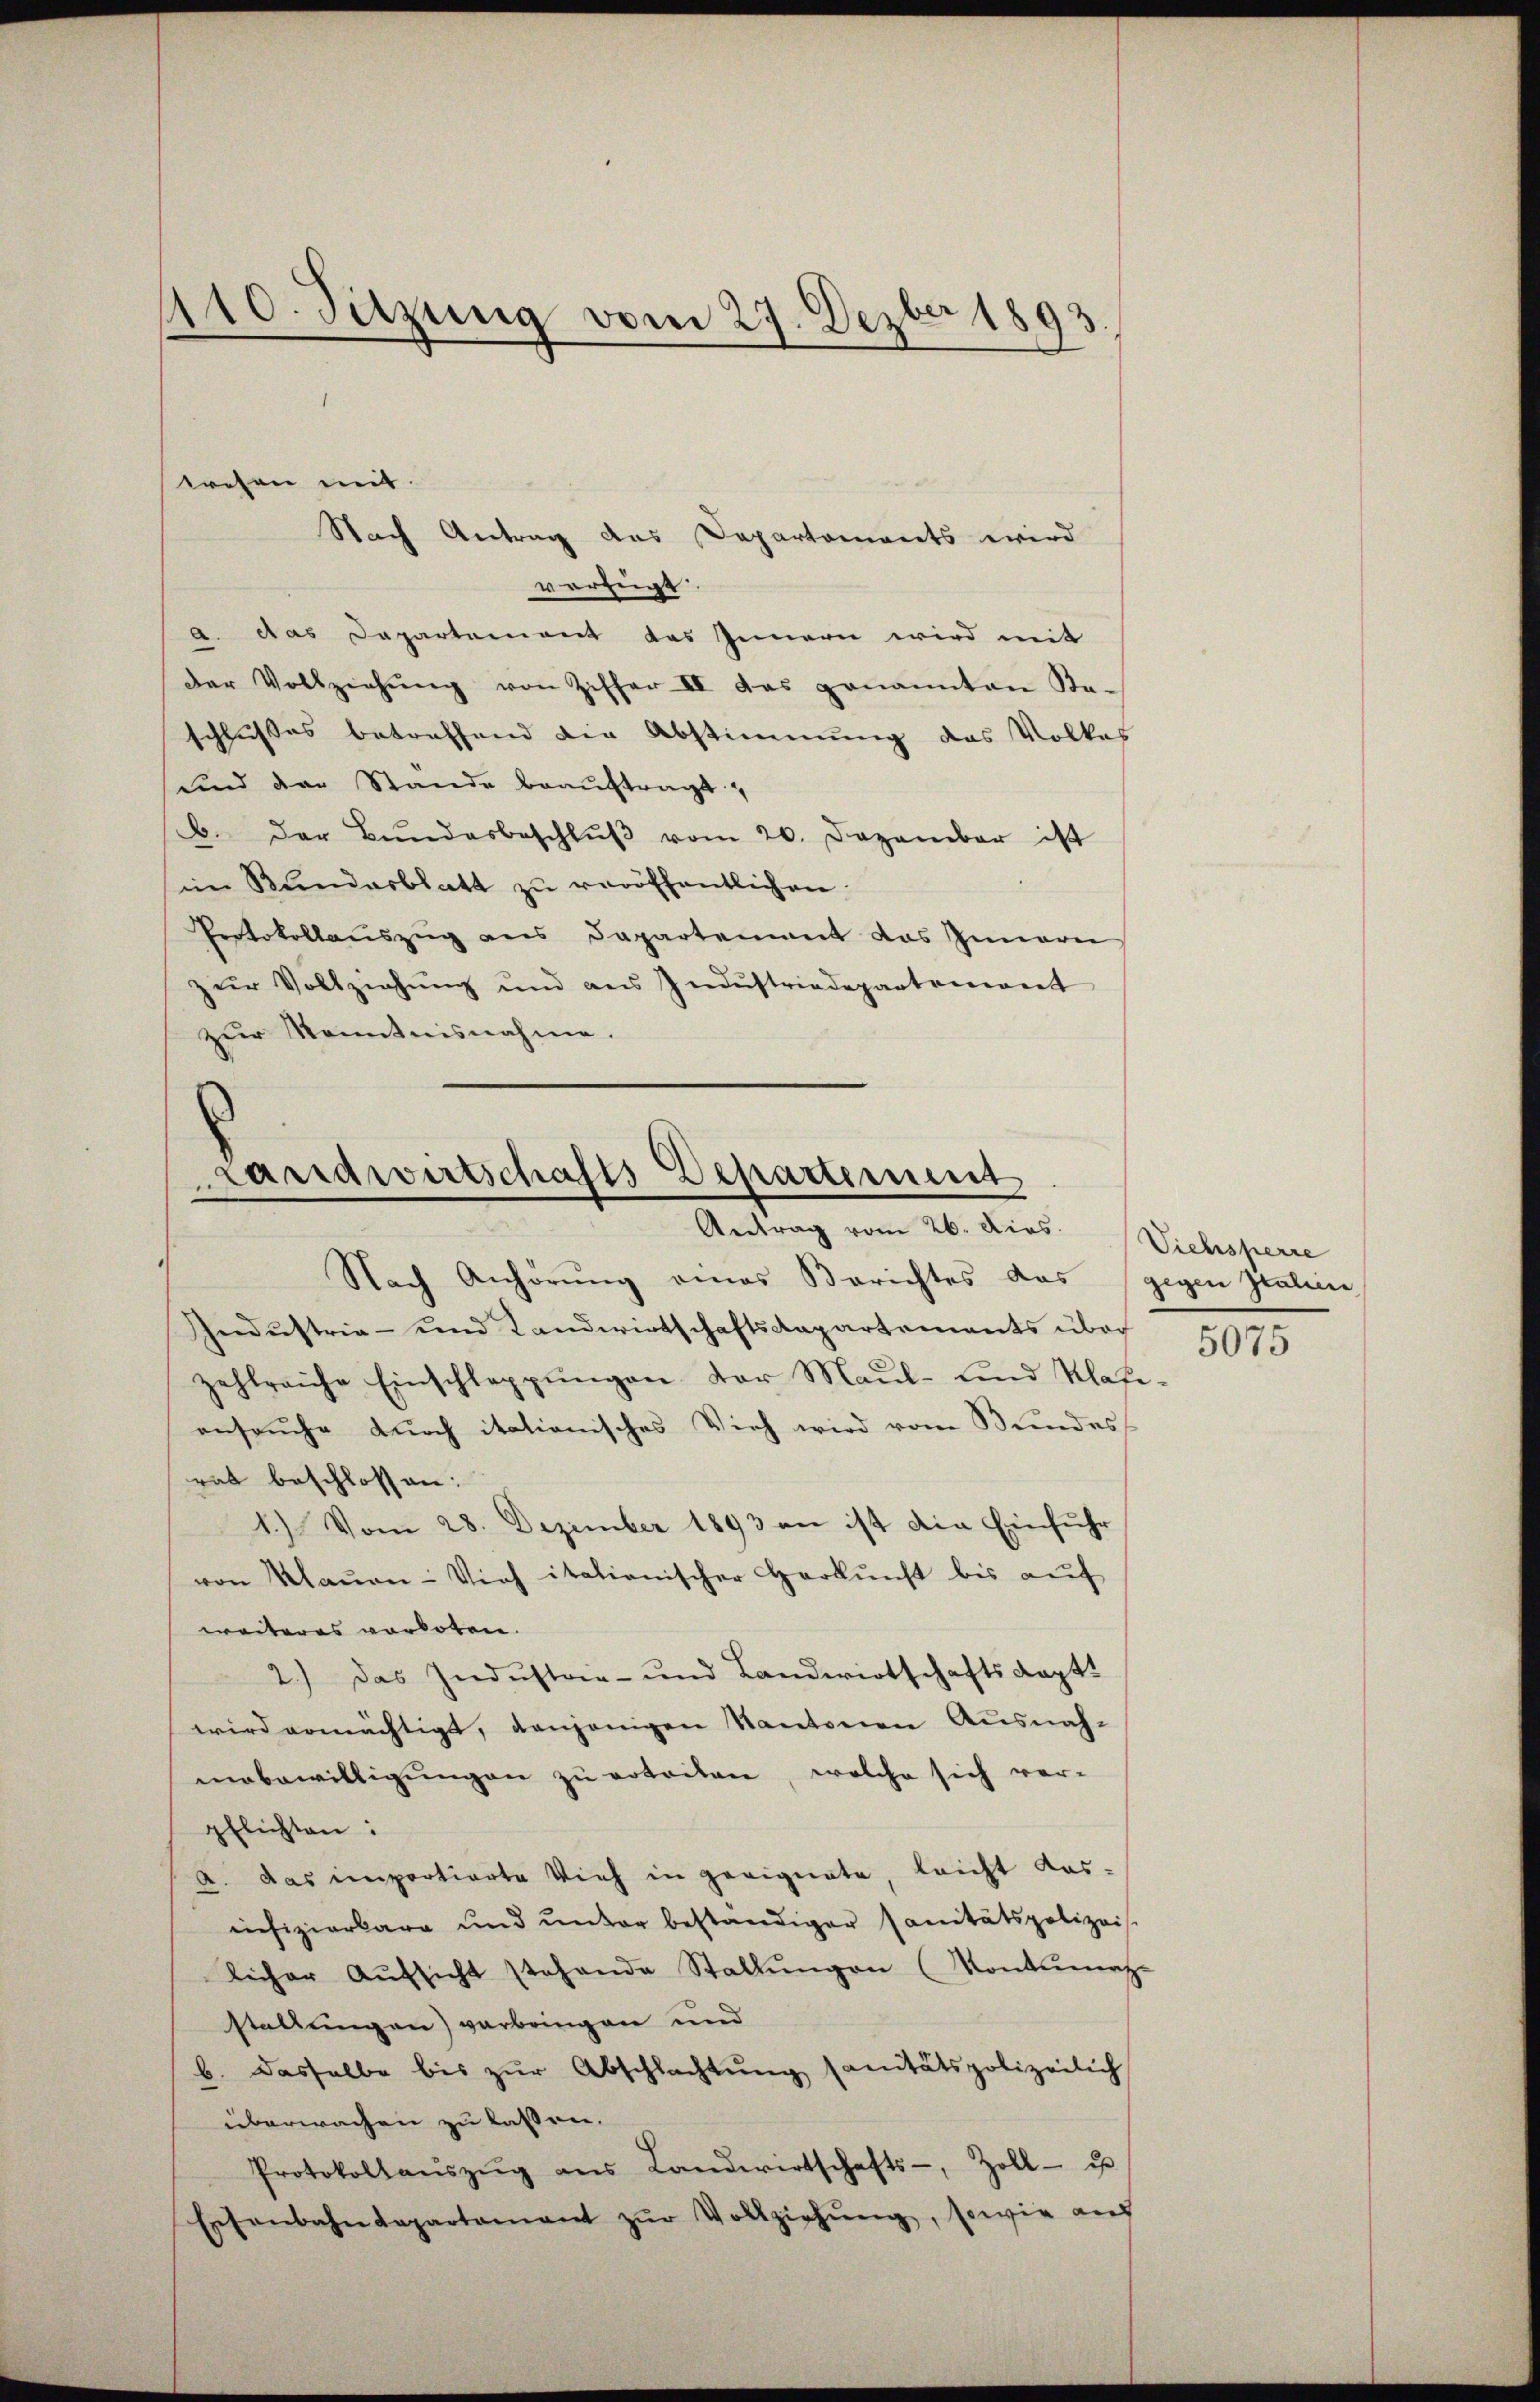
110. Sitzung vom 27. Dezbr 1893.

Nach Antrag des Departements wird
verfügt
a. Das Departement des Innern wird mit
der Vollziehŭng von Ziffer II das genannten Ka-
schlusses betreffend die Abstimmung das Volkes
und der Stande beaŭftragt
b. der Bŭndesbeschlŭβ vom 20. Dezember ist
im Bundesblatt zŭ veröffentlichen
Protokollaŭszŭg ans Papartement das Inneren
zur Vollziehung und aus Industriedepartement
zur Kenntnisnahme.

wesen mit

.
Landwirtschafts Departement
Antrag vom 26. Dies
Nach Anhörung eines Berichtes das gegen Italein

Industria - und Landwirtschaftskapartements über
zahlreiche Einschlappŭngen der Maul- und Klafe-
enseuche durch italienisches Vieh wird vom Bundes-
rat beschlossen:
1.) Vom 28. Dezember 1893 an ist die Einfuhr
von Klaŭen-Vieh italienischer Herkŭnft bis aŭf
weiteres vorboten.
2.) Das Industrie- und Landwirtschaftskapt.
wird ermächtigt, denjenigen Kantonen Ausnahmabewilligŭngen zu erteilen, welche sich ver-
pflichten:
a. Das importierte Vieh in geeignete, leicht das-
eifizierbara und unter beständiger Sanitätspolizeis
licher Aŭfsicht stehende Stallŭngen (Kontumaz-
stellungen) vorbringen und
b. dasselbe bis zŭr Abschlachtŭng sanitätspolizeilich
überwachen zu lassen.
Protokollaŭszŭg ans Landwirtschafts-, Zoll- u
Essenbahndepartement zŭr Vollziehŭng, sowie auf

Viehsperre
5075